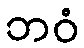
ဘဝံ